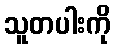
သူတပါးကို